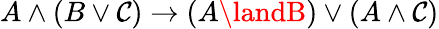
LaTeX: A\land(B\lor\mathcal{C})\to(A\landB)\lor(A\land\mathcal{C})